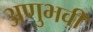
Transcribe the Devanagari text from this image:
अणुभवी